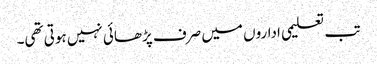
تب تعلیمی اداروں میں صرف پڑھائی نہیں ہوتی تھی۔